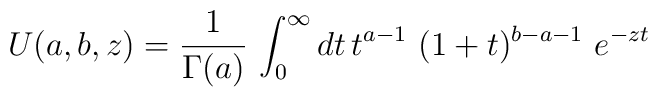
U(a,b,z)= \frac{1}{\Gamma(a)}\,\int_0^\infty dt \, t^{a-1}~(1+t)^{b-a-1}~e^{-z t}